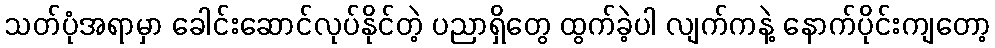
သတ်ပုံအရာမှာ ခေါင်းဆောင်လုပ်နိုင်တဲ့ ပညာရှိတွေ ထွက်ခဲ့ပါ လျက်ကနဲ့ နောက်ပိုင်းကျတော့